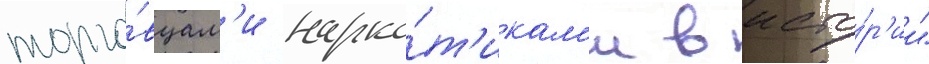
торго́вцам'и нарко́т'икам'и в исто́р'ии"